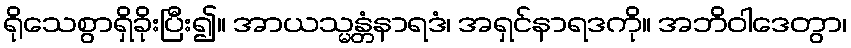
ရိုသေစွာရှိခိုးပြီး၍။ အာယသ္မန္တံနာရဒံ၊ အရှင်နာရဒကို။ အဘိဝါဒေတွာ၊